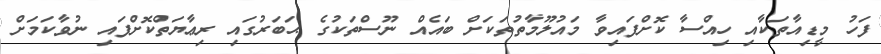
ފަހު މީޑިއާތަކާއި ހިއްސާ ކޮށްފައިވާ މައުލޫމާތުތަކަށް ބައެއް ނޫސްތަކުގެ ޙަބަރުގައި ރިޢާޔަތްކޮށްފައި ނުވާކަމަށް